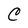
Character: C